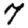
Digit: 7